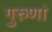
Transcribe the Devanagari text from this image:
गुरुणां